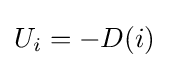
U_{i}=-D(i)